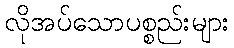
လိုအပ်သောပစ္စည်းများ